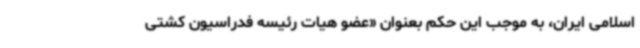
اسلامی ایران، به موجب این حکم بعنوان «عضو هیات رئیسه فدراسیون کشتی